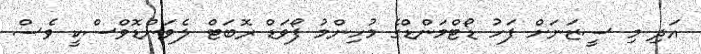
އަދި މި ސީޒަނަށް ފަހު ޑޯޓްމަންޑްގެ މުހިންމު ފޯވަޑް ރޮބަޓް ލެވަންޑޮވްސްކީ ވެސް